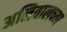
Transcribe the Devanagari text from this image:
अलिवालच्या